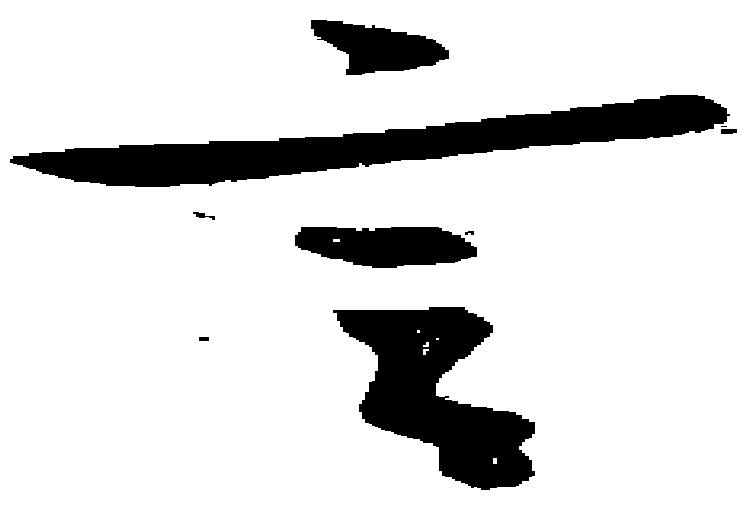
言